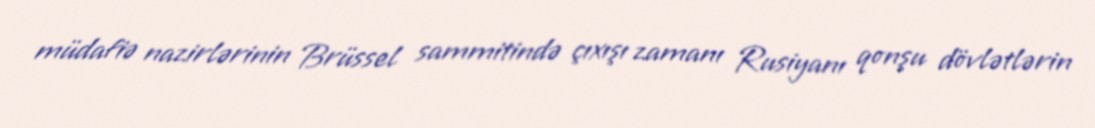
müdafiə nazirlərinin Brüssel sammitində çıxışı zamanı Rusiyanı qonşu dövlətlərin